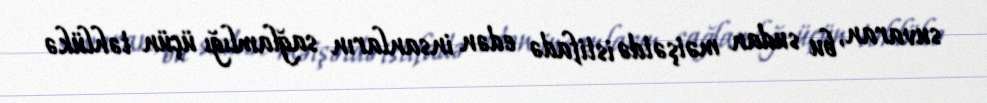
suvaran, bu sudan məişətdə istifadə edən insanların sağlamlığı üçün təhlükə